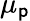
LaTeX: \mu_{\mathsf{p}}